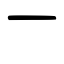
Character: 一